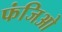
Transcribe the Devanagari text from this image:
फंजिओ